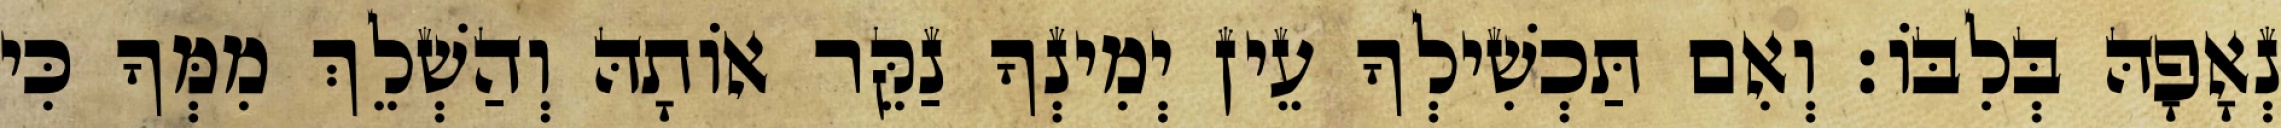
נְאָפָהּ בְּלִבּוֹ׃ וְאִם תַּכְשִׁילְךָ עֵין יְמִינְךָ נַקֵּר אוֹתָהּ וְהַשְׁלֵךְ מִמְּךָ כִּי